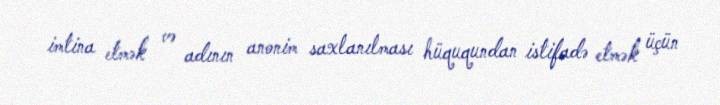
imtina etmək və adının anonim saxlanılması hüququndan istifadə etmək üçün